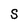
Character: S